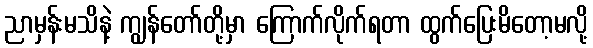
ညာမှန်းမသိနဲ့ ကျွန်တော်တို့မှာ ကြောက်လိုက်ရတာ ထွက်ပြေးမိတော့မလို့